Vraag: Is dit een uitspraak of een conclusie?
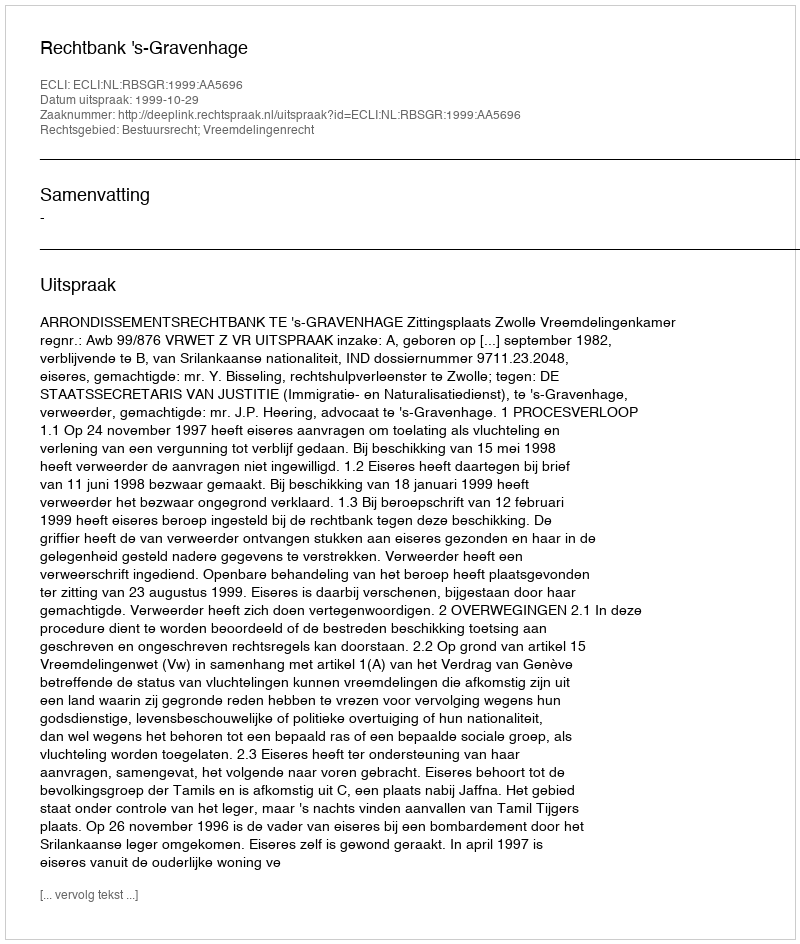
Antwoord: Uitspraak